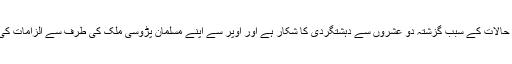
اسی بناء پر پاکستان کو بہت تکلیف ہوتی ہے کہ ایک تو پاکستان خود افغانستان کے حالات کے سبب گزشتہ دو عشروں سے دہشتگردی کا شکار ہے اور اوپر سے اپنے مسلمان پڑوسی ملک کی طرف سے الزامات کی بوچھاڑ، اب جبکہ دونوں ملکوں بالخصوص افغانستان میں بہت خونریزی ہو چکی۔